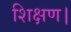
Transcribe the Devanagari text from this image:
शिक्षण।